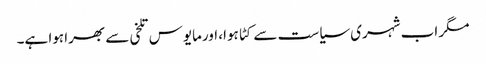
مگر اب شہری سیاست سے کٹا ہوا، اورمایوس تلخی سے بھرا ہوا ہے۔